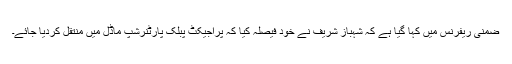
ضمنی ریفرنس میں کہا گیا ہے کہ شہباز شریف نے خود فیصلہ کیا کہ پراجیکٹ پبلک پارٹنرشپ ماڈل میں منتقل کردیا جائے۔